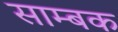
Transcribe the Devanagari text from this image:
साम्बक